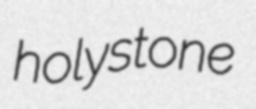
holystone